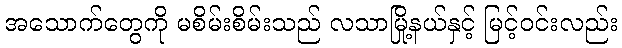
အသောက်တွေကို မစိမ်းစိမ်းသည် လသာမြို့နယ်နှင့် မြင့်ဝင်းလည်း